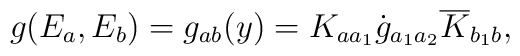
g(E_a,E_b)=g_{ab}(y)=K_{aa_1}\dot{g}_{a_1a_2}\overline{K}_{b_1b},